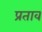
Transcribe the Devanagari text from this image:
प्रताव